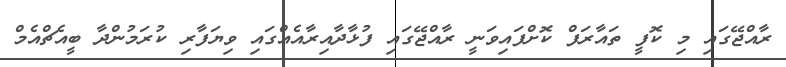
ރާއްޖޭގައި މި ކޮފީ ތައާރަފް ކޮށްފައިވަނީ ރާއްޖޭގައި ފުޅާދާއިރާއެއްގައި ވިޔަފާރި ކުރަމުންދާ ބީއެޗްއެމް